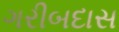
ગરીબદાસ